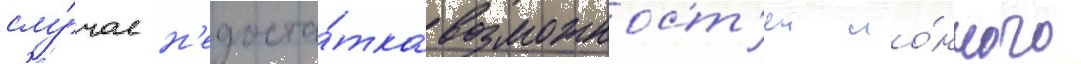
слу́чае н'едоста́тка возможност'еи ио́нного